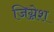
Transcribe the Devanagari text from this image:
जिग्नेश